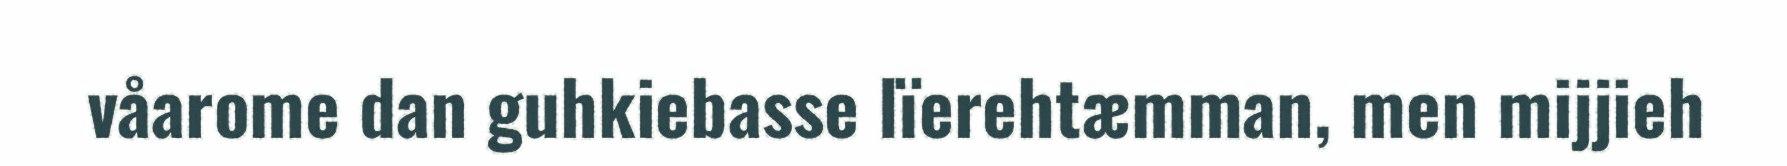
våarome dan guhkiebasse lïerehtæmman, men mijjieh